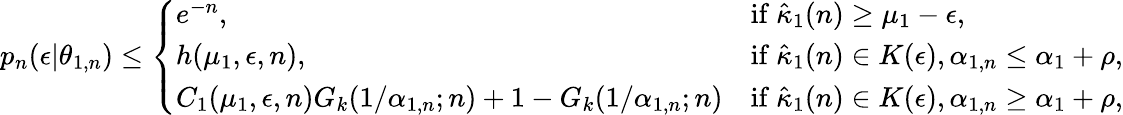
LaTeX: \begin{array}{r}{p_{n}(\epsilon|\theta_{1,n})\leq\left\{ \begin{array}{ll}{e^{-n},}&{\mathrm{if}~\hat{\kappa}_{1}(n)\geq\mu_{1}-\epsilon,}\\ {h(\mu_{1},\epsilon,n),}&{\mathrm{if}~\hat{\kappa}_{1}(n)\in K(\epsilon),\alpha_{1,n}\leq\alpha_{1}+\rho,}\\ {C_{1}(\mu_{1},\epsilon,n)G_{k}(1/\alpha_{1,n};n)+1-G_{k}(1/\alpha_{1,n};n)}&{\mathrm{if}~\hat{\kappa}_{1}(n)\in K(\epsilon),\alpha_{1,n}\geq\alpha_{1}+\rho,}\end{array}\right.}\end{array}